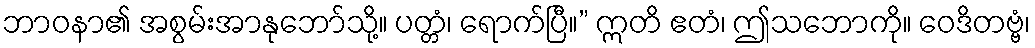
ဘာဝနာ၏ အစွမ်းအာနုဘော်သို့။ ပတ္တံ၊ ရောက်ပြီ။” ဣတိ ဧတံ၊ ဤသဘောကို။ ဝေဒိတဗ္ဗံ၊